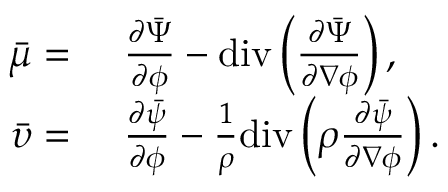
\begin{array} { r l } { \bar { \mu } = } & { ~ \frac { \partial \bar { \Psi } } { \partial \phi } - \mathrm { d i v } \left( \frac { \partial \bar { \Psi } } { \partial \nabla \phi } \right) , } \\ { \bar { \upsilon } = } & { ~ \frac { \partial \bar { \psi } } { \partial \phi } - \frac { 1 } { \rho } \mathrm { d i v } \left( \rho \frac { \partial \bar { \psi } } { \partial \nabla \phi } \right) . } \end{array}